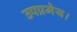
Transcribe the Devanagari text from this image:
उपप्रमेय।